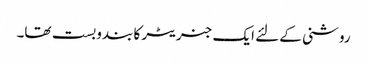
روشنی کے لئے ایک جنریٹر کا بندوبست تھا۔